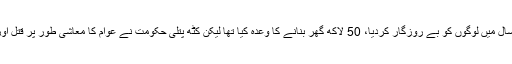
انہوں نے کہا کہ اِس حکومت نے ایک سال میں لوگوں کو بے روزگار کردیا، 50 لاکھ گھر بنانے کا وعدہ کیا تھا لیکن کٹھ پتلی حکومت نے عوام کا معاشی طور پر قتل اور مہنگائی کے سونامی میں ڈبو دیا ہے۔